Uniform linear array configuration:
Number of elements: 24
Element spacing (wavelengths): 1
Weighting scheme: exponential
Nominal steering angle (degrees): -15
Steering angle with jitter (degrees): -13.332
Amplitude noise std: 0.05
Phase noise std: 0.05

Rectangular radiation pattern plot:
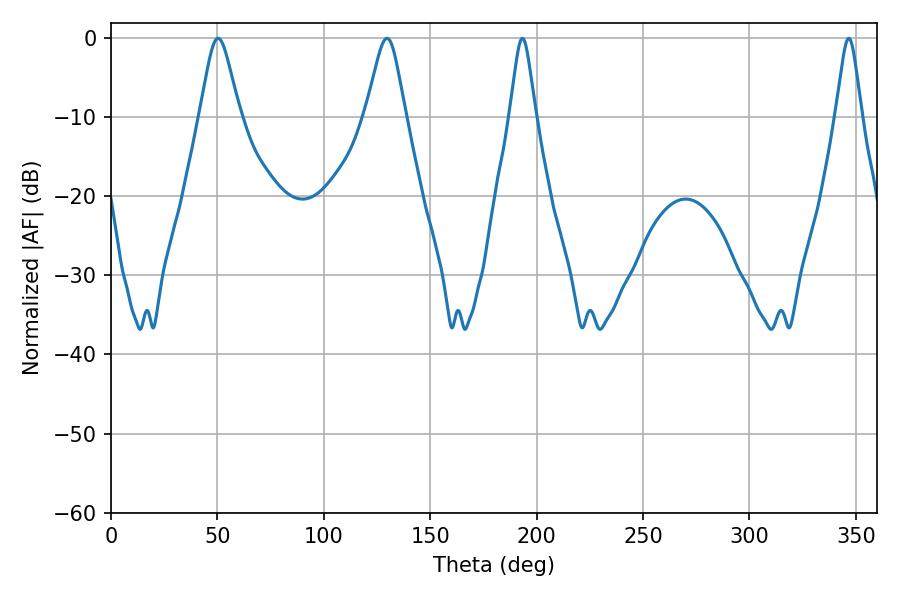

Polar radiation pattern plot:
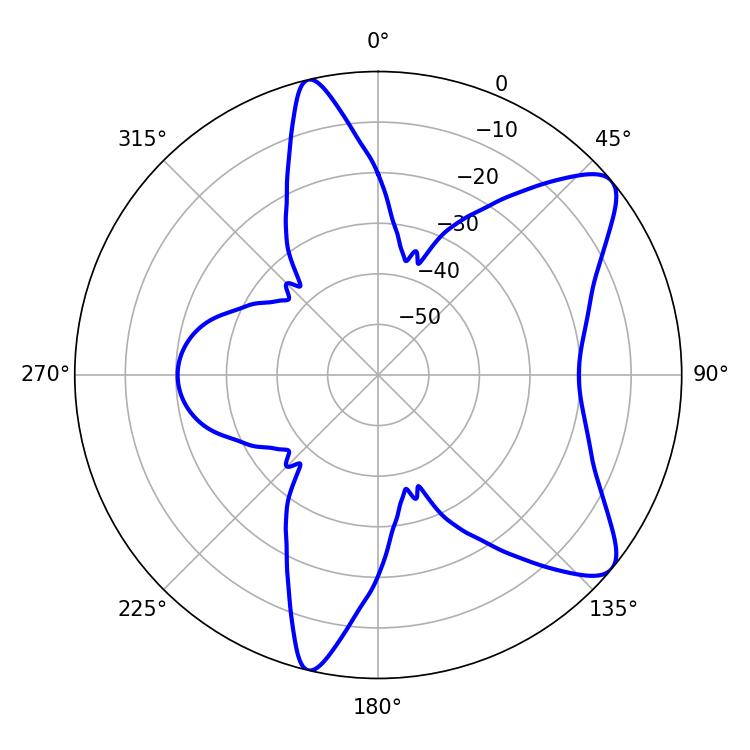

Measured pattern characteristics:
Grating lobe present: TRUE
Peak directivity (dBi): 9.107
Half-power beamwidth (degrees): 5.76
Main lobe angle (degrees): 193.32